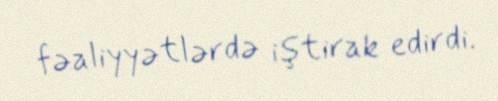
fəaliyyətlərdə iştirak edirdi.